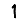
Digit: 1